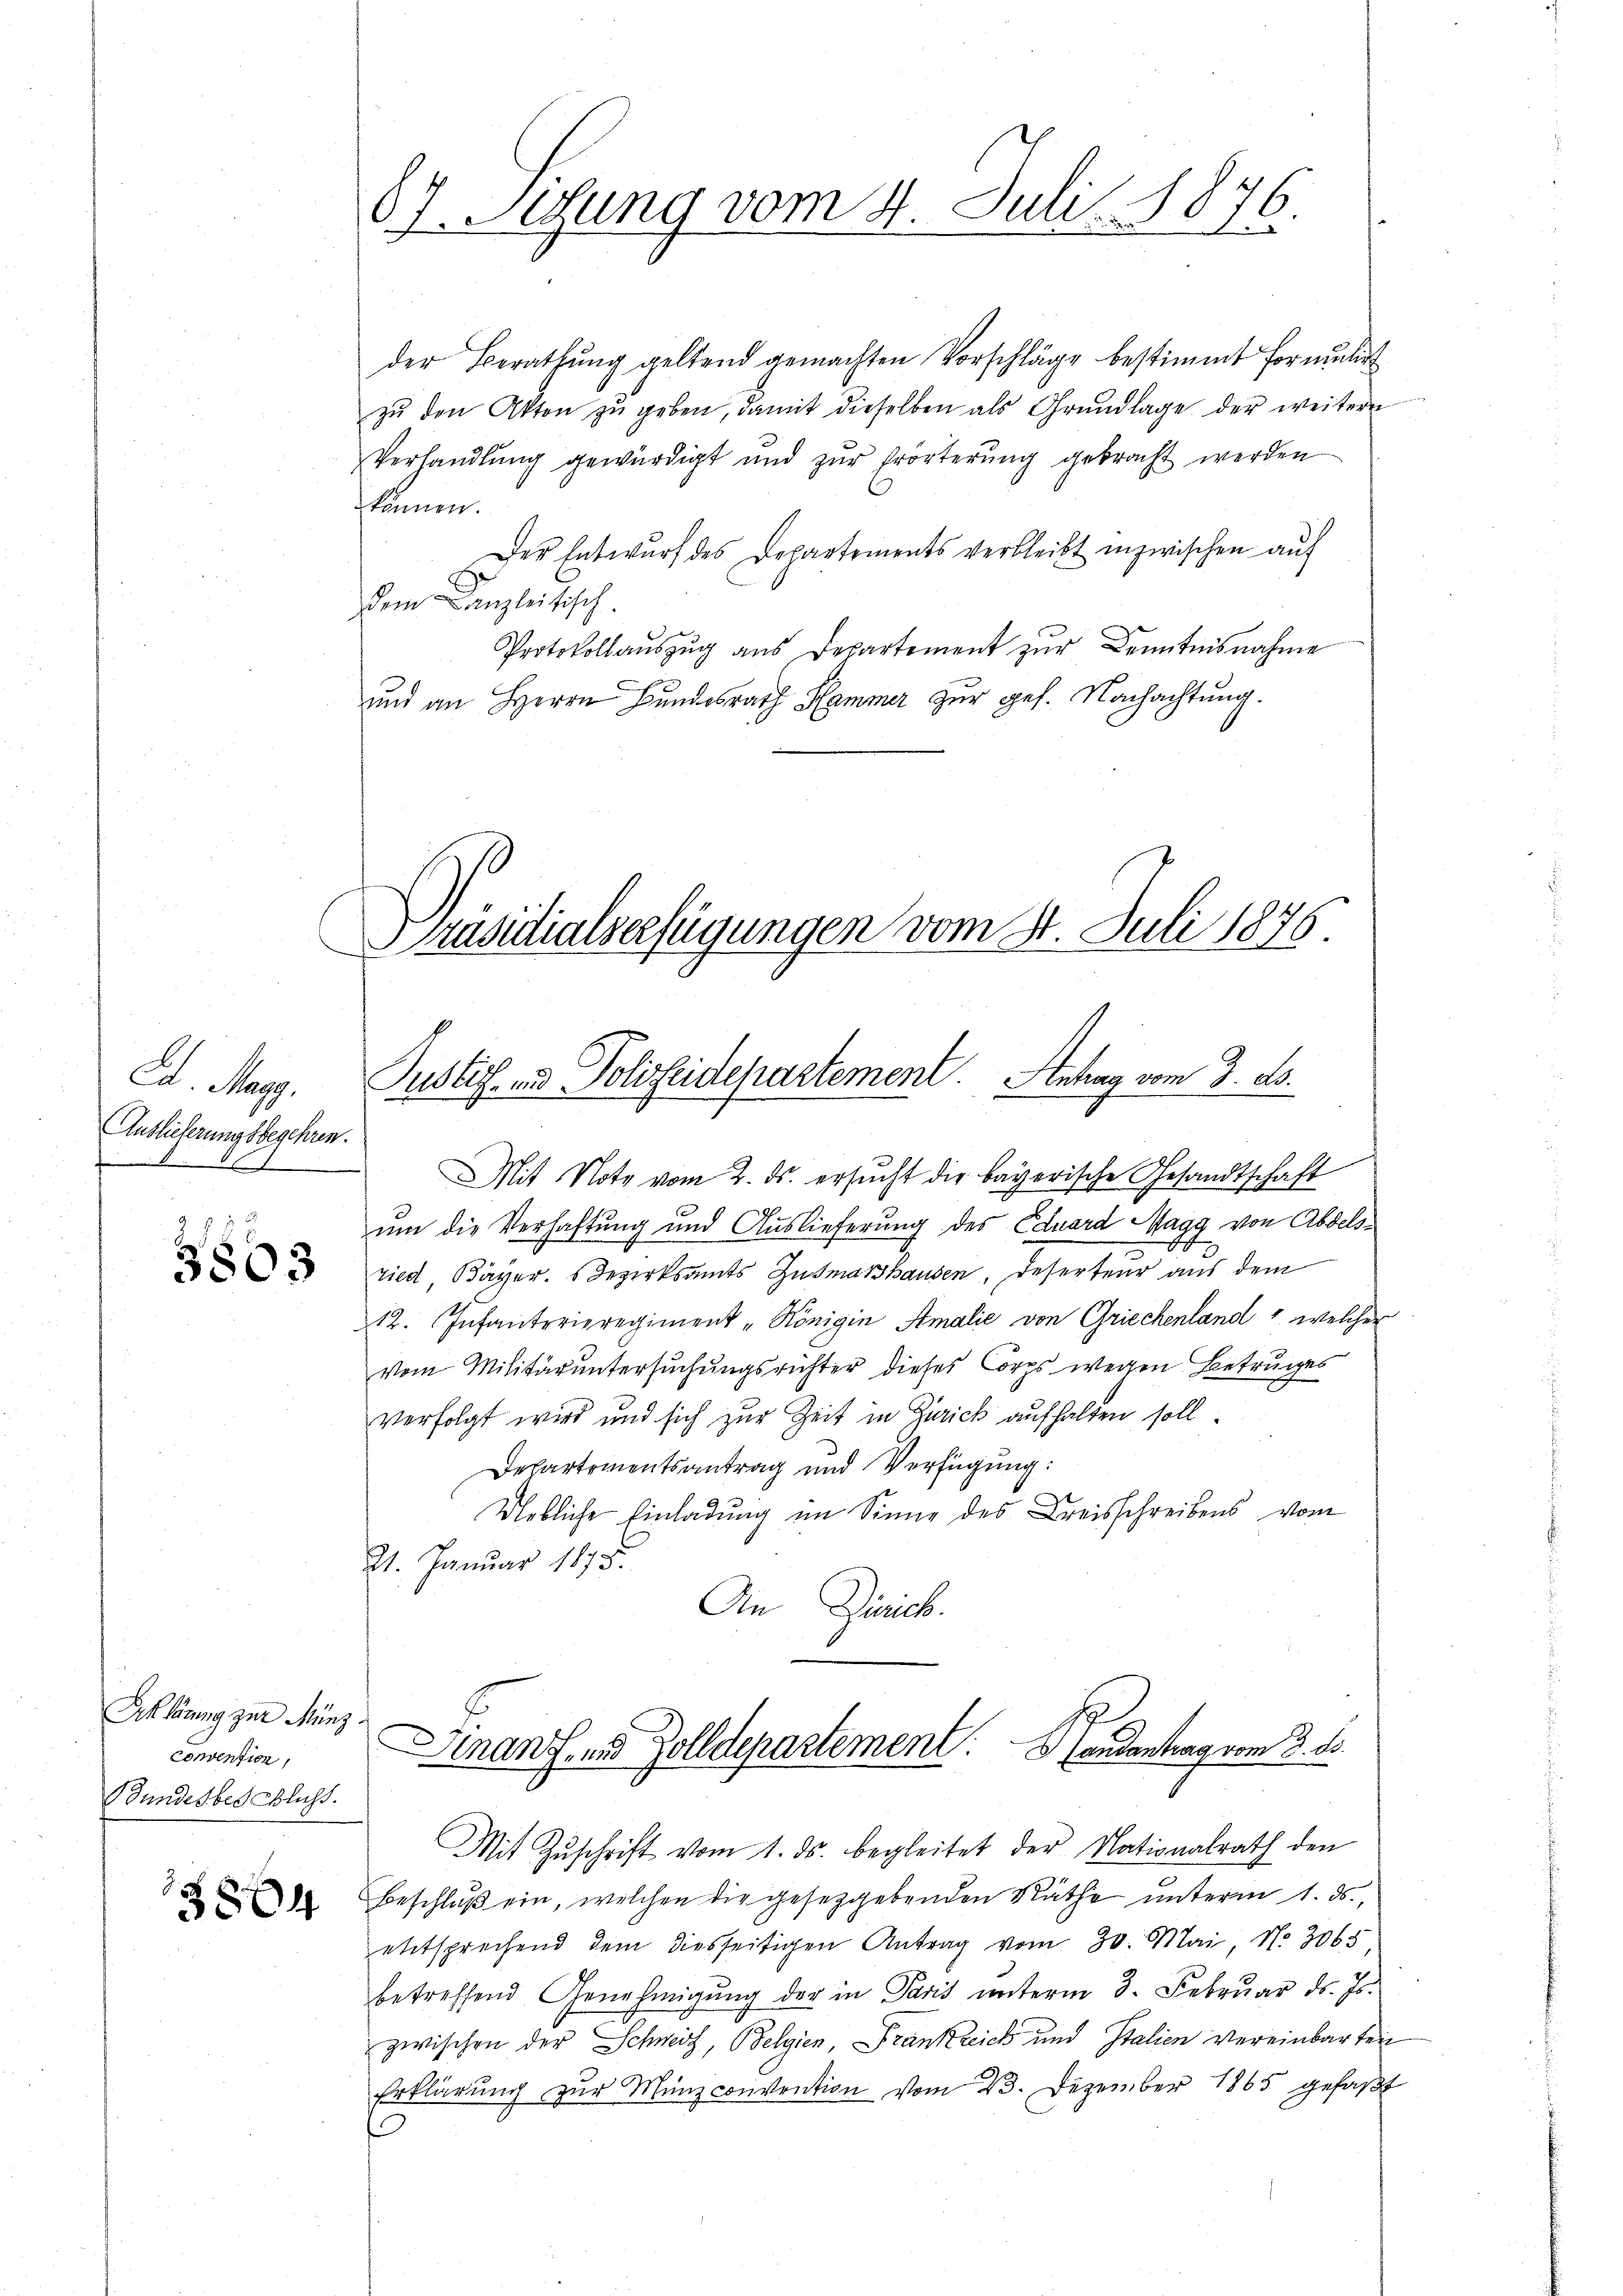
Ed. May.
Auslicherungsbegehren.
8. 68

3803

Erklärung zur Münz.
convention,
Bundesbeschluss.

3804

6.
67. Sitzung vom 4. Juli 101.

der Berathung geltend gemachten Vorschläge bestimmt formulirt
zŭ den Akten zŭ geben, damit dieselben als Grŭndlage der weitere
Verhandlŭng gewürdigt und zŭr Erörterŭng gebracht werden
können.
Der Entwurf des Departements verbleibt inzwischen auf
dem Canzleitisch.
Protokollaŭszŭg ans Departement zur Kenntnisnahme
und an Herrn Bundesrath Hammer zur ges. Nachachtung.
Präsidialverfügungen vom 31. Juli 1876
Justiz- und Polizeidepartement. Antrag vom 3. ds.

Mit Note vom 2. ds. ersŭcht die bayerische Gesandtschaft
um die Verhaftung und Auslieferung des Eduard Magg von Abdels¬
S
ried Bayer. Bezirksamts Gutmasshausen, Deserteur aus dem
12. Infanterieregiment „Königin Amalie von Griechenland welcher
vom Militär untersuchungsrichter dieses Corps wegen Betruges
verfolgt wird und sich zur Zeit in Zürick aufhalten soll.
Departementsantrag und Verfügung:
Uebliche Einladung im Sinne des Kreisschreibens vom
21. Januar 1878.
An Zürich.

Dinanz. und Zolldepartement. Handantrag vom 3. d.

Mit Zŭschrift vom 1. ds. begleitet der Nationalrath den
Beschluß ein, welchen die gesetzgebenden Räthe unterm 1. ds.,
ettsprechend dem diesseitigen Antrag vom 30. Mai, No. 3065
betreffend Genehmigŭng der in Paris unterm 3. Februar ds. Js.
zwischen der Schweiz, Belgien, Frankreich und Italien vereinbarten
Erklärŭng zŭr Münz convention vom 23. Dezember 1865 gefaßt